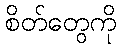
စိတ်တွေကို